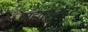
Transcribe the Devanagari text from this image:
वाहतुककेंद्र